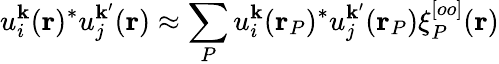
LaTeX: u_{i}^{\mathbf{k}}(\mathbf{r})^{*}u_{j}^{\mathbf{k}^{\prime}}(\mathbf{r})\approx\sum_{P}u_{i}^{\mathbf{k}}(\mathbf{r}_{P})^{*}u_{j}^{\mathbf{k}^{\prime}}(\mathbf{r}_{P})\xi_{P}^{[oo]}(\mathbf{r})